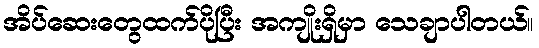
အိပ်ဆေးတွေထက်ပိုပြီး အကျိုးရှိမှာ သေချာပါတယ်။